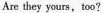
Are they yours, too?